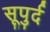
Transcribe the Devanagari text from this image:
सूपुर्द